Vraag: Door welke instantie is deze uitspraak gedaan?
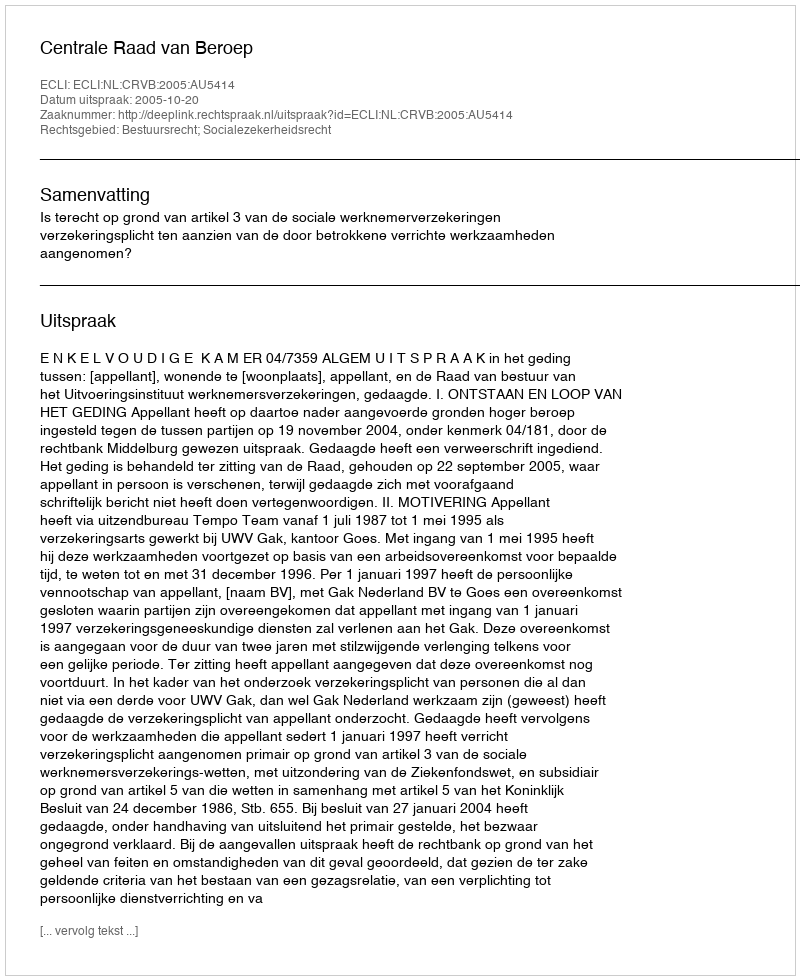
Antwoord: Centrale Raad van Beroep